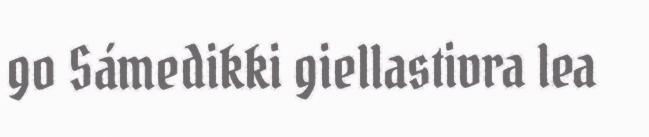
go Sámedikki giellastivra lea